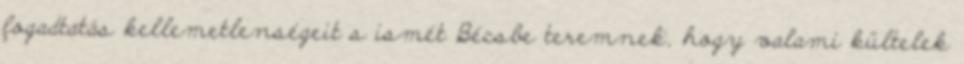
fogadtatás kellemetlenségeit s ismét Bécsbe teremnek, hogy valami kültelek